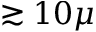
\gtrsim 1 0 \mu